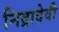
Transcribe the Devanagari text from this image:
निद्रादेवी